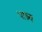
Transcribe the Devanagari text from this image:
पाष्र्व